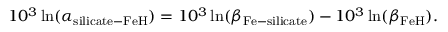
1 0 ^ { 3 } \ln ( \alpha _ { \mathrm { s i l i c a t e - F e H } } ) = 1 0 ^ { 3 } \ln ( \beta _ { \mathrm { F e - s i l i c a t e } } ) - 1 0 ^ { 3 } \ln ( \beta _ { \mathrm { F e H } } ) .